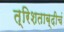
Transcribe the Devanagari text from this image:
त्रिशताब्दीचं